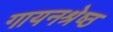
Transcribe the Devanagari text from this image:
गायनश्रेष्ठ